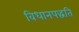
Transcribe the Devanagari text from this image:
विधानपद्धति